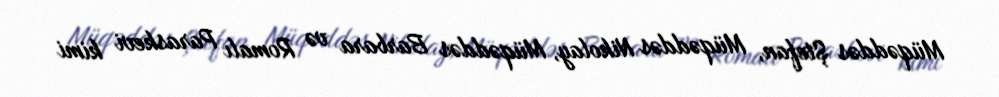
Müqəddəs Ştefan, Müqəddəs Nikolay, Müqəddəs Barbara və Romalı Paraskevi kimi